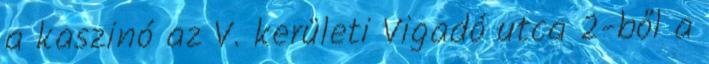
a kaszinó az V. kerületi Vigadó utca 2-ből a